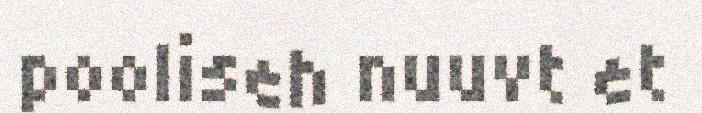
pooliseh nuuvt et